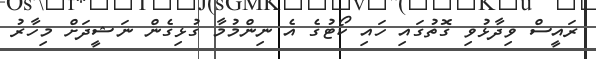
ރައީސް ވިދާޅުވި ގޮތުގައި ހައި ކޯޓުގެ އެ ނިންމުމާ ގުޅިގެން ނަޝީދަށް މިހާރު